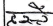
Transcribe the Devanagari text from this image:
मसे